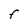
Character: F